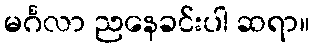
မင်္ဂလာ ညနေခင်းပါ ဆရာ။